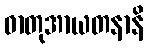
ဓာတုအာယတနာနိ